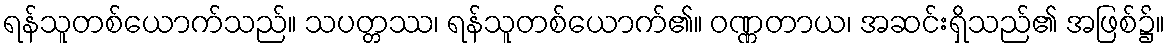
ရန်သူတစ်ယောက်သည်။ သပတ္တဿ၊ ရန်သူတစ်ယောက်၏။ ဝဏ္ဏတာယ၊ အဆင်းရှိသည်၏ အဖြစ်၌။